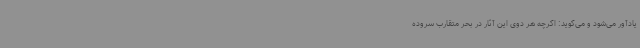
یادآور می‌شود و می‌گوید: اگرچه هر دوی این آثار در بحر متقارب سروده